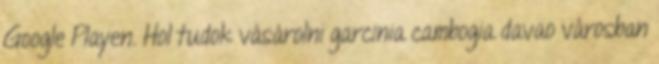
Google Playen. Hol tudok vásárolni garcinia cambogia davao városban